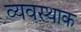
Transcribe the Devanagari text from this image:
व्यवस्थाक